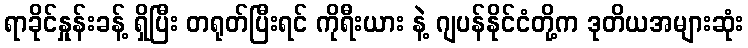
ရာခိုင်နှုန်းခန့် ရှိပြီး တရုတ်ပြီးရင် ကိုရီးယား နဲ့ ဂျပန်နိုင်ငံတို့က ဒုတိယအများဆုံး